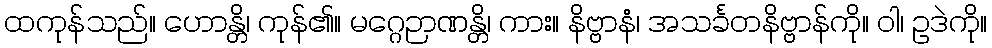
ထကုန်သည်။ ဟောန္တိ၊ ကုန်၏။ မဂ္ဂေဉာဏန္တိ၊ ကား။ နိဗ္ဗာနံ၊ အသင်္ခတနိဗ္ဗာန်ကို။ ဝါ၊ ဥဒဲကို။